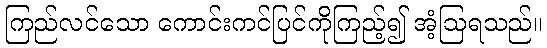
ကြည်လင်သော ကောင်းကင်ပြင်ကိုကြည့်၍ အံ့ဩရသည်။